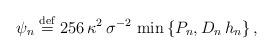
LaTeX: \begin{align*}\psi _{n}\stackrel{\rm def}{=}256\,\kappa ^{2}\,\sigma ^{-2}\,\min \left\{P_{n},D_{n}\,h_{n}\right\} , \end{align*}